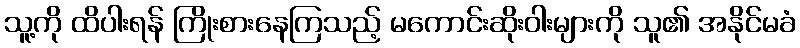
သူ့ကို ထိပါးရန် ကြိုးစားနေကြသည့် မကောင်းဆိုးဝါးများကို သူ၏ အနိုင်မခံ